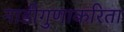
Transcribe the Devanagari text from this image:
नाडीगुणाकरिता